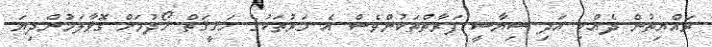
ރައްޔިތުން ދެއްކި އަދި ސިޔާސީ ފަރާތްތަކުންވެސް އެ މަރުތަކުގެ ހަޤީޤަތް ހޯދުމަށް ގޮވާލަމުންދިޔަ